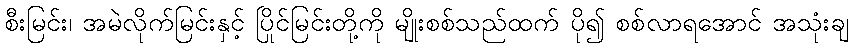
စီးမြင်း၊ အမဲလိုက်မြင်းနှင့် ပြိုင်မြင်းတို့ကို မျိုးစစ်သည်ထက် ပို၍ စစ်လာရအောင် အသုံးချ